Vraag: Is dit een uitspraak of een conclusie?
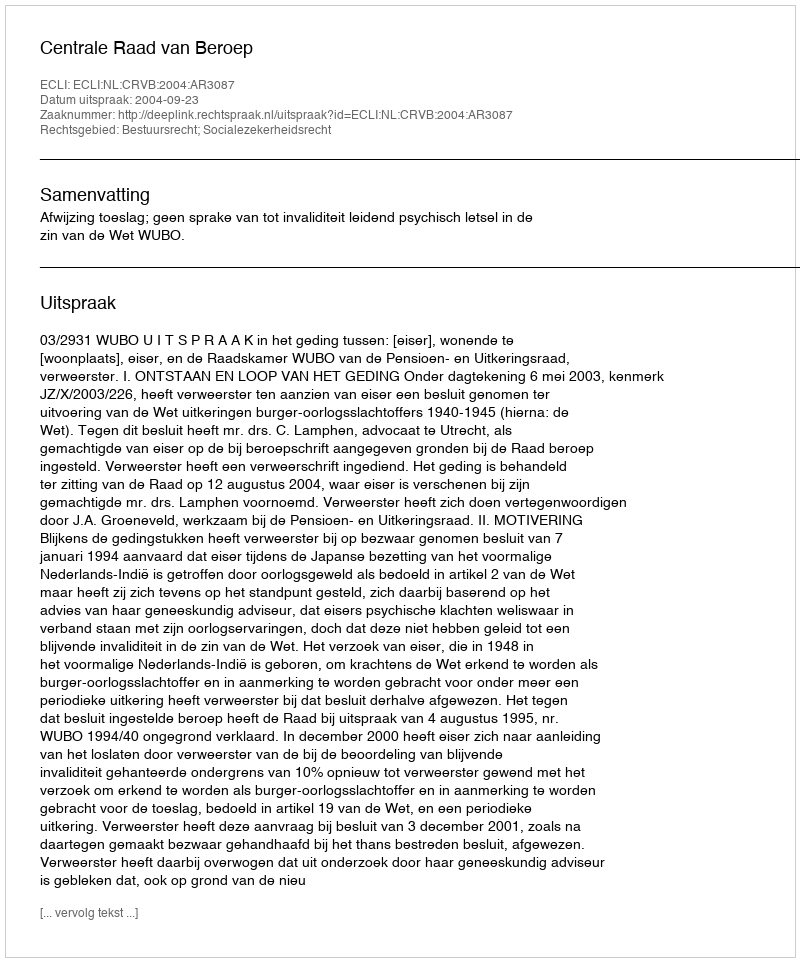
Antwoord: Uitspraak